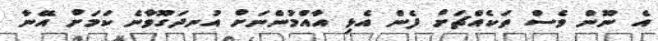
އެ ނޫން ވެސް ތަކެއްޗަށް ފެން އެޅި އާއްމުންނަށް އުނދަގޫވާނެ ކަމަށް އޭނާ